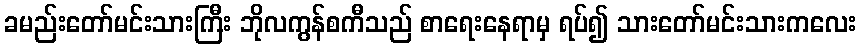
ခမည်းတော်မင်းသားကြီး ဘိုလကွန်စကီသည် စာရေးနေရာမှ ရပ်၍ သားတော်မင်းသားကလေး